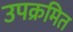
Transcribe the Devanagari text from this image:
उपक्रमित